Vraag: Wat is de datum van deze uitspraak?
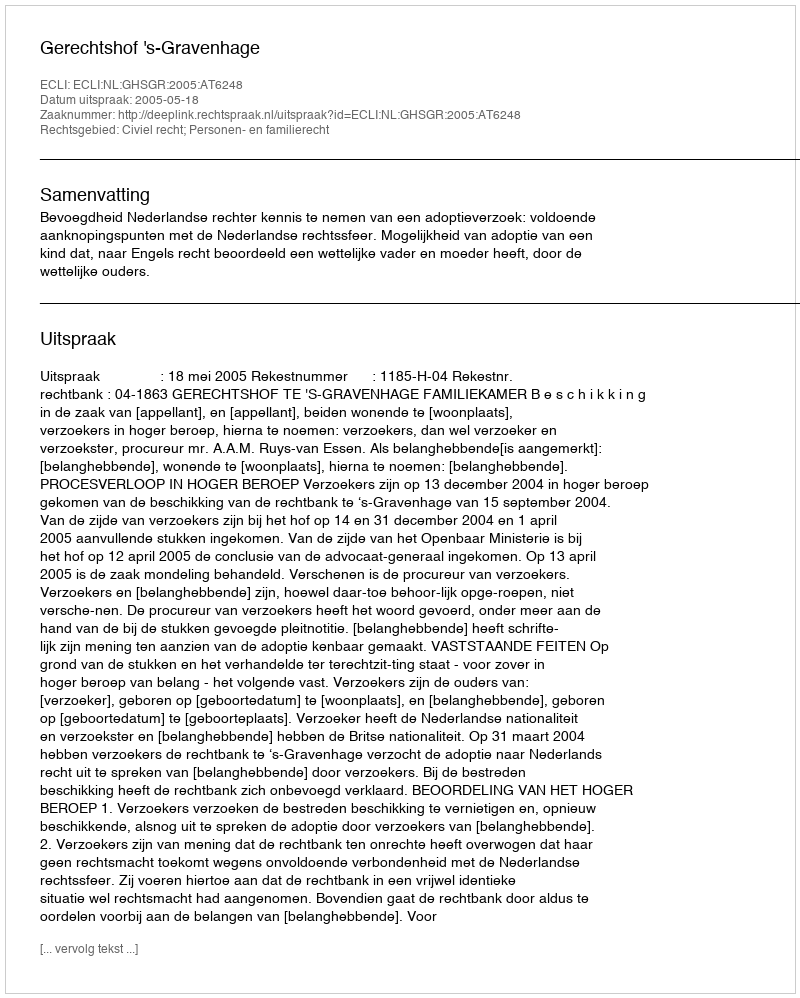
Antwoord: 2005-05-18